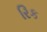
રિક